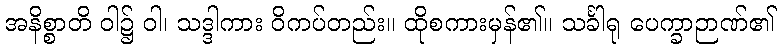
အနိစ္စာတိ ဝါ၌ ဝါ၊ သဒ္ဒါကား ဝိကပ်တည်း။ ထိုစကားမှန်၏။ သင်္ခါရု ပေက္ခာဉာဏ်၏